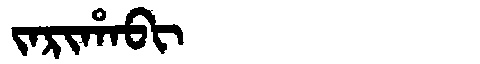
Manchu: ᠵᠠᡵᡳᡥᠠᠪᡳ
Romanization: JARIHABI